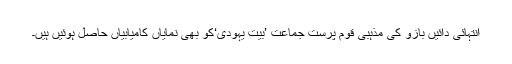
انتہائی دائیں بازو کی مذہبی قوم پرست جماعت ’بیت یہودی‘کو بھی نمایاں کامیابیاں حاصل ہوئیں ہیں۔